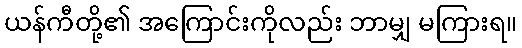
ယန်ကီတို့၏ အကြောင်းကိုလည်း ဘာမျှ မကြားရ။